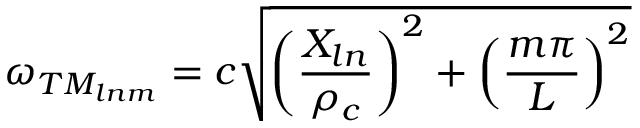
\omega _ { T M _ { l n m } } = c \sqrt { \left( \frac { X _ { l n } } { \rho _ { c } } \right) ^ { 2 } + \left( \frac { m \pi } { L } \right) ^ { 2 } }